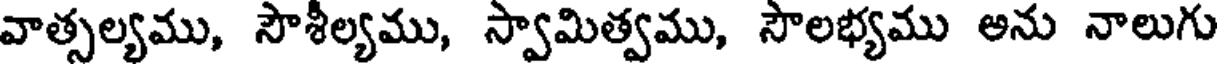
వాత్సల్యము, సౌశీల్యము, స్వామిత్వము, సౌలభ్యము అను నాలుగు